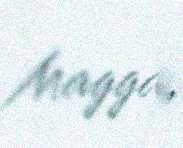
Magga,